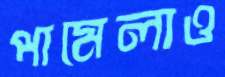
পামেলাও